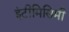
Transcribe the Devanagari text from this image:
इंटीमिसिमी